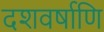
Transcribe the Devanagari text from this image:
दशवर्षाणि